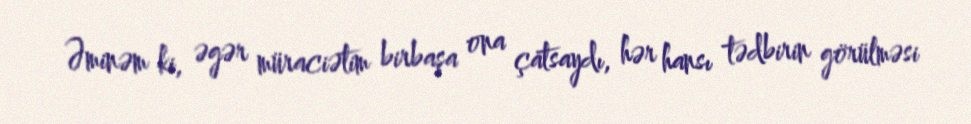
Əminəm ki, əgər müraciətim birbaşa ona çatsaydı, hər hansı tədbirin görülməsi